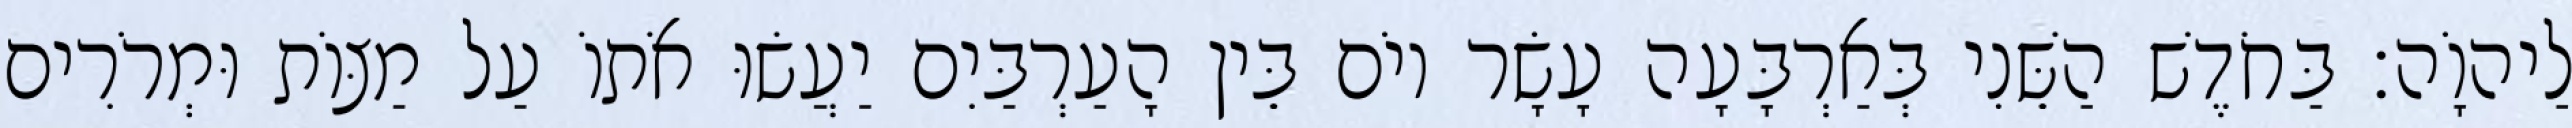
לַיהוָֹה׃ בַּחֹדֶשׁ הַשֵּׁנִי בְּאַרְבָּעָה עָשָׂר יוֹם בֵּין הָעַרְבַּיִם יַעֲשׂוּ אֹתוֹ עַל מַצּוֹת וּמְרֹרִים